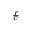
\scriptstyle { \frac { r } { c } }